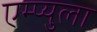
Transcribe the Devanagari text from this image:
एम्प्युला